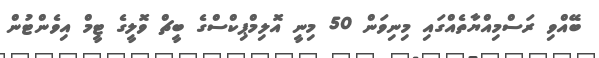
ބޭއްވި ރަސްމިއްޔާތެއްގައި މިނިވަން 50 މިނީ އޮލިމްޕިކްސްގެ ބީޗް ވޮލީގެ ޓީމް އިވެންޓުން